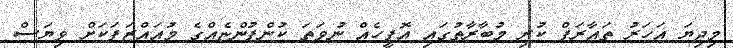
މިދިޔަ އަހަރު ތައާރަފް ކުރި މުބާރާތުގައި އޮފީހެއް ނުވަތަ ކުންފުންޏެއްގެ މުއައްޒަފަކަށް ވިޔަސް